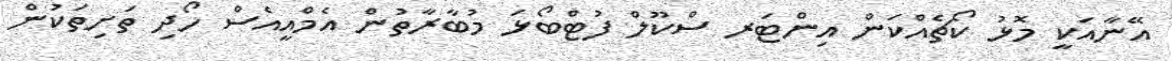
އޭނާއަކީ މޮޅު ކޯޗެއްކަން އިންޓަރ ސްކޫލް ފުޓްބޯޅަ މުބާރާތުން އެމްއީއެސް ހޯދި ތަށިތަކުން